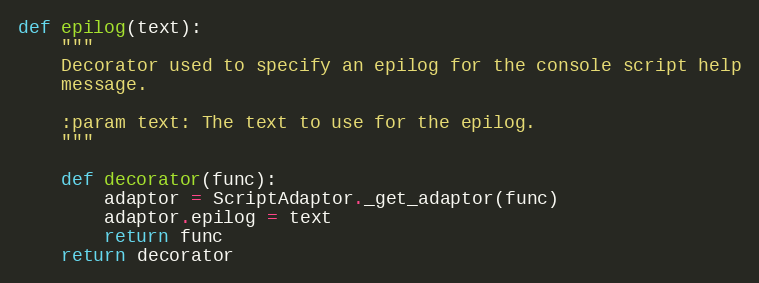
Language: Python
def epilog(text):
    """
    Decorator used to specify an epilog for the console script help
    message.

    :param text: The text to use for the epilog.
    """

    def decorator(func):
        adaptor = ScriptAdaptor._get_adaptor(func)
        adaptor.epilog = text
        return func
    return decorator